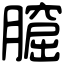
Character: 𦡆